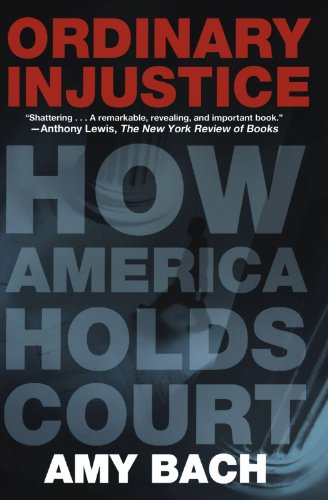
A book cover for Ordinary Injustice: How America Holds Court; Amy Bach; Medical Books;